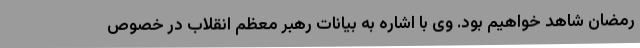
رمضان شاهد خواهیم بود. وی با اشاره به بیانات رهبر معظم انقلاب در خصوص